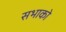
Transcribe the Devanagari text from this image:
सभाको